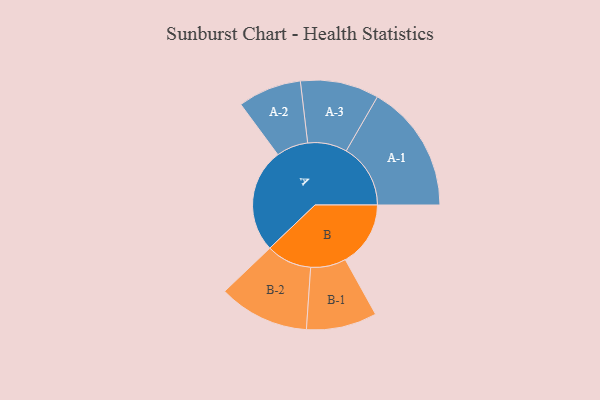
{"axis": {"x": "Segment", "y": "Value"}, "legend": ["", "A", "B"], "data": [{"x": "A", "y": 413, "type": ""}, {"x": "B", "y": 259, "type": ""}, {"x": "A-1", "y": 255, "type": "A"}, {"x": "A-2", "y": 126, "type": "A"}, {"x": "A-3", "y": 156, "type": "A"}, {"x": "B-1", "y": 140, "type": "B"}, {"x": "B-2", "y": 180, "type": "B"}]}